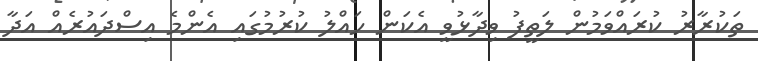
ތަކުރާރު ކުރައްވަމުން ލަތީފު ވިދާޅުވީ އެކަން ހައްލު ކުރުމުގައި އެންމެ އިސްދައުރެއް އަދާ